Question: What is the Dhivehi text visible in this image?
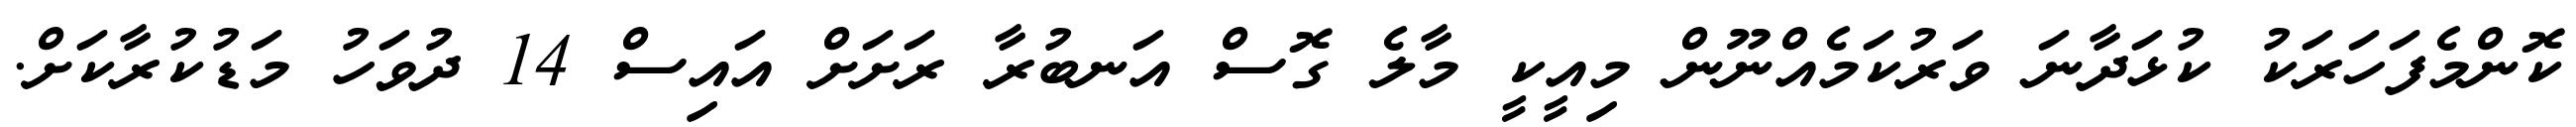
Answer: ކޮންމެފަހަރަކު ކުޅަދާނަ ވަރުކަމެއްނޫން މިއީކީ މާލެ ގޮސް އަނބުރާ ރަށަށް އައިސް 14 ދުވަހު މަޑުކުރާކަށް.